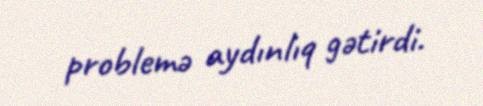
problemə aydınlıq gətirdi.